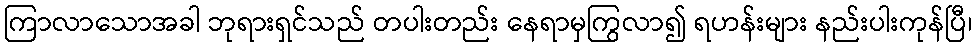
ကြာလာသောအခါ ဘုရားရှင်သည် တပါးတည်း နေရာမှကြွလာ၍ ရဟန်းများ နည်းပါးကုန်ပြီ၊